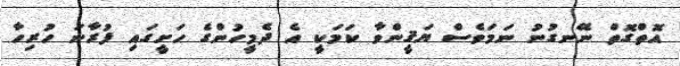
އޮތްގޮތް ނޭނގުނު ނަމަވެސް ޔަޤީންވާ ކަމަކީ އެ ދެމީހުންގެ ހަށީގައި ފުރާނަ ހުރިހާ